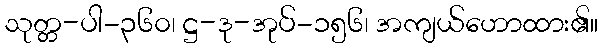
သုတ္တ-ပါ-၃၆၀၊ ဋ္ဌ-ဒု-အုပ်-၁၅၆၊ အကျယ်ဟောထား၏။